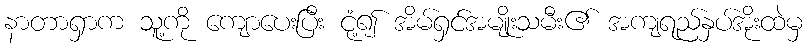
နာတာရှာက သူ့ကို ကျောပေးပြီး ငုံ့၍ အိမ်ရှင်အမျိုးသမီး၏ အကျရည်နှပ်အိုးထဲမှ